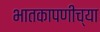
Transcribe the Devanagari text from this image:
भातकापणीच्या